Civil Veterinary Dept. Bombay admin report 1907-1913 - 1907-1913
Year: 1907
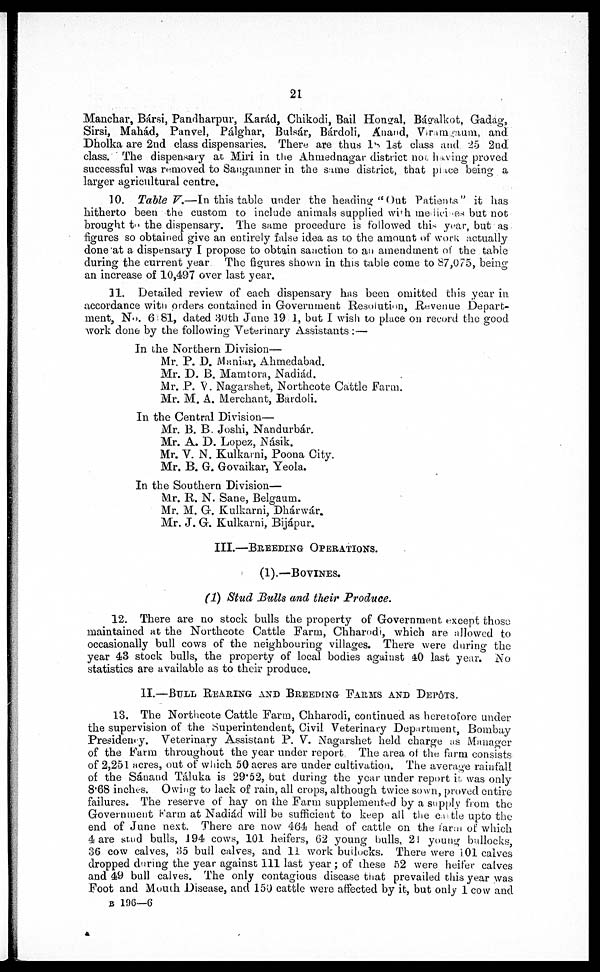
21
Manchar, Bársi, Pandharpur, Karád, Chikodi, Bail Hongal, Bágalkot, Gadag,
Sirsi, Mahád, Panvel, Pálghar, Bulsár, Bárdoli, Anand, Viramoaum, and
Dholka are 2nd class dispensaries. There are thus 18 1st class and 25 2nd
class. The dispensary at, Miri in the Ahmednagar district non having proved
successful was removed to Sangamner in the same district, that place being a
larger agricultural centre.
10. Table V.—In this table under the heading "Out Patients" it has
hitherto been the custom to include animals supplied with medicines but not
brought to the dispensary. The same procedure is followed this year, but as
figures so obtained give an entirely false idea as r,o the amount of work actually
done at a dispensary I propose to obtain sanction to an amendment of the table
during the current year The figures shown in this table come to 87,075, being
an increase of 10,497 over last year.
11. Detailed review of each dispensary has been omitted this year in
accordance with orders contained in Government Resolution, Revenue Depart-
ment, No. 6 81, dated 80th June 19 1, but I wish to place on record the good
work done by the following Veterinary Assistants:—
In the Northern Division—
Mr, P. D. Maniar, Ahmedabad.
Mr. D. B. Mamtora, Nadiád.
Mr. P. V. Nagarshet, Northcote Cattle Farm.
Mr. M. A. Merchant, Bardoli.
In the Central Division—
Mr. B. B. Joshi, Nandurbár.
Mr. A. D. Lopez, Násik.
Mr. V. N. Kulkarni, Poona City.
Mr. B. G. Govaikar, Yeola.
In the Southern Division—
Mr. R. N. Sane, Belgaum.
Mr. M. G. Kulkarni, Dhárwár.
Mr. J. G. Kulkarni, Bijápur.
III.—BREEDING OPERATIONS
(1).—BOVINES.
(1) Stud Hulls and their Produce.
12. There are no stock bulls the property of Government except those
maintained at the Northcote Cattle Farm, Chharodi, which are allowed to
occasionally bull cows of the neighbouring villages. There were during the
year 43 stock bulls, the property of local bodies against 40 last year. No
statistics are available as to their produce.
II.—BULL REARING AND BREEDING FARMS AND DEPÔTS.
13. The Northcote Cattle Farm, Chharodi, continued as heretofore under
the supervision of the Superintendent, Civil Veterinary Department, Bombay
Presidency. Veterinary Assistant P. V. Nagarshet held charge as Manager
of the Farm throughout the year under report The area of the farm consists
of 2,251 acres, out of which 50 acres are under cultivation. The average rainfall
of the Sánand Táluka is 29.52, but during the year under report is was only
8.68 inches. Owing to lack of rain, all crops, although twice sown, proved entire
failures. The reserve of hay on the Farm supplemented by a supply from the
Government Farm at Nadiád will be sufficient to keep all the cattle upto the
end of June next. There are now 464 head of cattle on the farm of which
4s are stud bulls, 194 cows, 101 heifers, 62 young bulls, 21 young bullocks,
36 cow calves, 35 bull calves, and 11 work bullocks. There were 101 calves
dropped during the year against 111 last year; of these 52 were heifer calves
and 49 bull calves. The only contagious disease that prevailed this year was
Foot and Mouth Disease, and 150 cattle were affected by it, but only 1 cow and
B 106—6